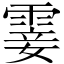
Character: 霎